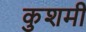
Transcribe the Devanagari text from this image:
कुशमी